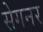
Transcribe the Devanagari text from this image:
सेगनर